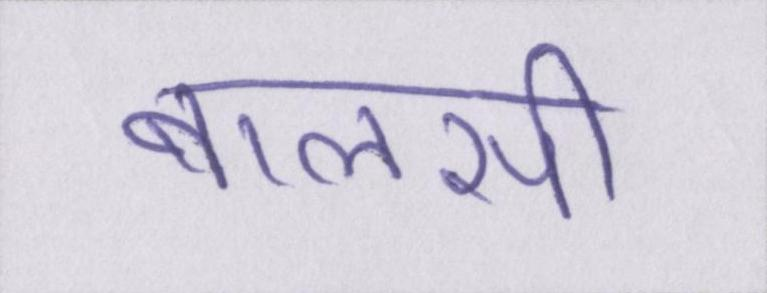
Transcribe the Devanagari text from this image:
बालसी